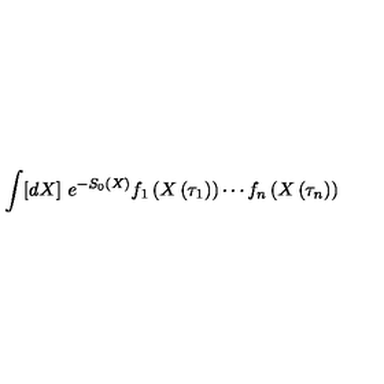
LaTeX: \int [ d X ] \ e ^ { - S _ { 0 } \left( X \right) } f _ { 1 } \left( X \left( \tau _ { 1 } \right) \right) \cdots f _ { n } \left( X \left( \tau _ { n } \right) \right)